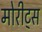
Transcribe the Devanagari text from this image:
मोरीट्स